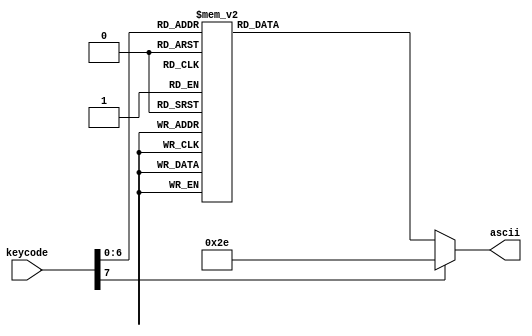
module keycode_to_ascii (
	input 		[7:0] keycode,
	output reg	[7:0]	ascii
	);
	
	always @(*)
		case (keycode)
			8'h1C: ascii = "A";
			8'h32: ascii = "B";
			8'h21: ascii = "C";
			8'h23: ascii = "D";
			8'h24: ascii = "E";
			8'h2B: ascii = "F";
			8'h34: ascii = "G";
			8'h33: ascii = "H";
			8'h43: ascii = "I";
			8'h3B: ascii = "J";
			8'h42: ascii = "K";
			8'h4B: ascii = "L";
			8'h3A: ascii = "M";
			8'h31: ascii = "N";
			8'h44: ascii = "O";
			8'h4D: ascii = "P";
			8'h15: ascii = "Q";
			8'h2D: ascii = "R";
			8'h1B: ascii = "S";
			8'h2C: ascii = "T";
			8'h3C: ascii = "U";
			8'h2A: ascii = "V";
			8'h1D: ascii = "W";
			8'h22: ascii = "X";
			8'h35: ascii = "Y";
			8'h1A: ascii = "Z";
			8'h45: ascii = "0";
			8'h16: ascii = "1";
			8'h1E: ascii = "2";
			8'h26: ascii = "3";
			8'h25: ascii = "4";
			8'h2E: ascii = "5";
			8'h36: ascii = "6";
			8'h3D: ascii = "7";
			8'h3E: ascii = "8";
			8'h46: ascii = "9";
			8'h29: ascii = " ";
			default: ascii = ".";
		endcase
		
endmodule